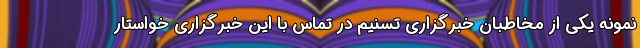
نمونه یکی از مخاطبان خبرگزاری تسنیم در تماس با این خبرگزاری خواستار